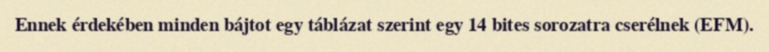
Ennek érdekében minden bájtot egy táblázat szerint egy 14 bites sorozatra cserélnek (EFM).